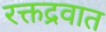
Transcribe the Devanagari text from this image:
रक्तद्रवात